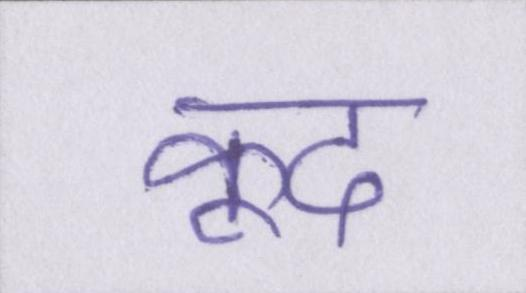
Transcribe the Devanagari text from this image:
कूद